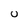
Character: U